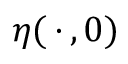
\eta ( \, \cdot \, , 0 )